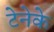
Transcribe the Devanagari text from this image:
टेनेके